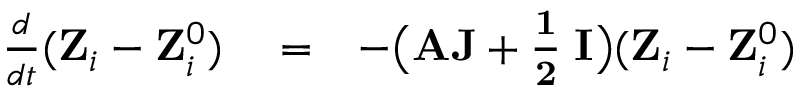
\begin{array} { r l r } { \frac { d } { d t } ( { \bf Z } _ { i } - { \bf Z } _ { i } ^ { 0 } ) } & { { } = } & { - \big ( { \bf A J + \frac { 1 } { 2 } \kappa I } \big ) ( { \bf Z } _ { i } - { \bf Z } _ { i } ^ { 0 } ) } \end{array}